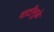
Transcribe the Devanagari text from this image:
दाटीमुळे